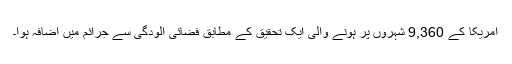
امریکا کے 9,360 شہروں پر ہونے والی ایک تحقیق کے مطابق فضائی آلودگی سے جرائم میں اضافہ ہوا۔